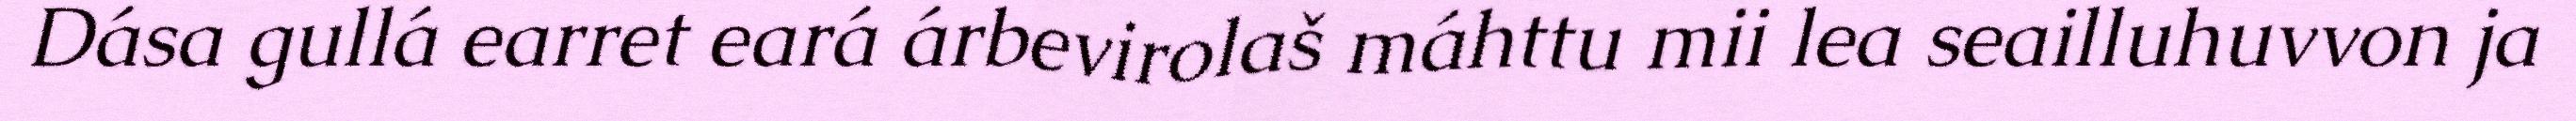
Dása gullá earret eará árbevirolaš máhttu mii lea seailluhuvvon ja